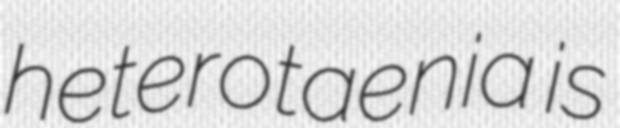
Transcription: heterotaenia is